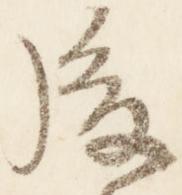
後